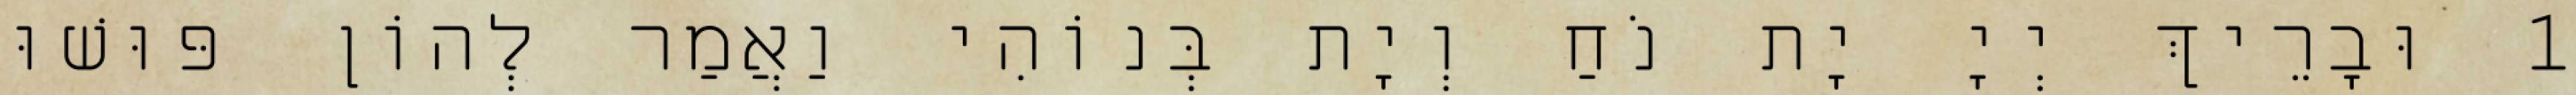
1 וּבָרֵיךְ יְיָ יָת נֹחַ וְיָת בְּנוֹהִי וַאֲמַר לְהוֹן פּוּשׁוּ